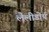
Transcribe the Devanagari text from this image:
लैलीडोर्प